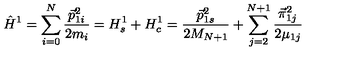
\hat { H } ^ { 1 } = \sum _ { i = 0 } ^ { N } \frac { \vec { p } _ { 1 i } ^ { 2 } } { 2 m _ { i } } = H _ { s } ^ { 1 } + H _ { c } ^ { 1 } = \frac { \vec { p } _ { 1 s } ^ { 2 } } { 2 M _ { N + 1 } } + \sum _ { j = 2 } ^ { N + 1 } \frac { \vec { \pi } _ { 1 j } ^ { 2 } } { 2 \mu _ { 1 j } }